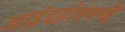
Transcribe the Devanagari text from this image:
आइंडहोवनची